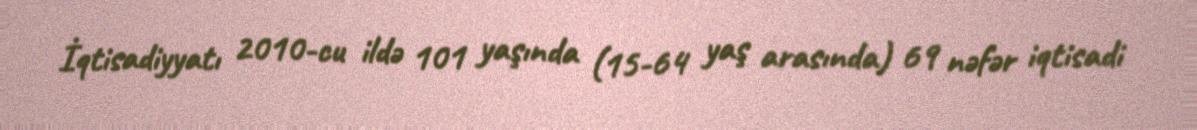
İqtisadiyyatı 2010-cu ildə 101 yaşında (15-64 yaş arasında) 69 nəfər iqtisadi